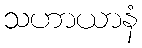
သဟာယာနံ